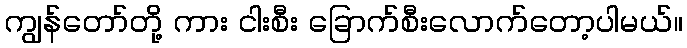
ကျွန်တော်တို့ ကား ငါးစီး ခြောက်စီးလောက်တော့ပါမယ်။